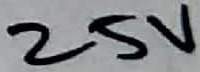
Text: 25V